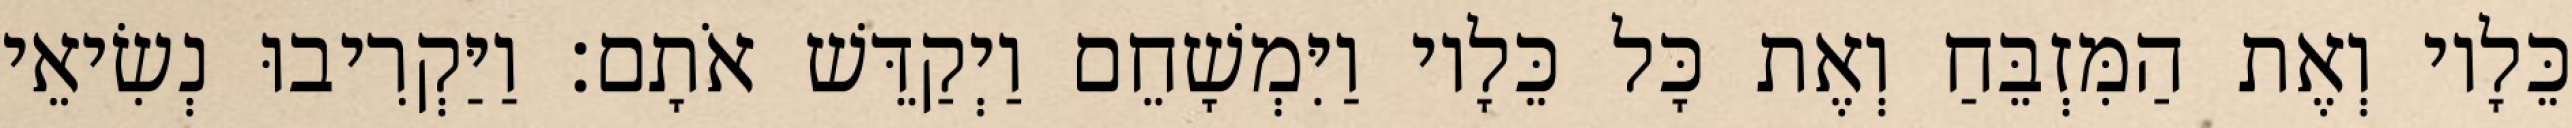
כֵּלָיו וְאֶת הַמִּזְבֵּחַ וְאֶת כָּל כֵּלָיו וַיִּמְשָׁחֵם וַיְקַדֵּשׁ אֹתָם׃ וַיַּקְרִיבוּ נְשִׂיאֵי